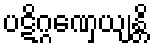
ပဋိဂ္ဂဏှေယျန္တိ